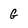
Character: G